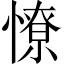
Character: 憭